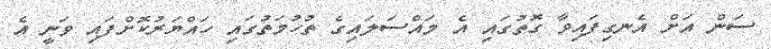
ސަން އަށް އެނގިފައިވާ ގޮތުގައި އެ މައްސަލައިގެ ތުހުމަތުގައި ހައްޔަރުކޮށްފައި ވަނީ އެ